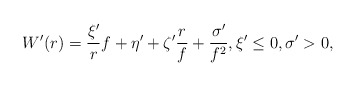
\begin{align*} W'(r) = \frac{\xi'}{r}f + \eta' + \zeta' \frac{r}{f} + \frac{\sigma'}{f^2}, \xi' \le 0, \sigma'>0,\end{align*}